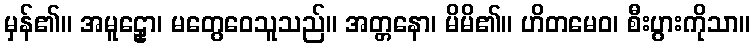
မှန်၏။ အမူဠှော၊ မတွေဝေသူသည်။ အတ္တနော၊ မိမိ၏။ ဟိတမေဝ၊ စီးပွားကိုသာ။